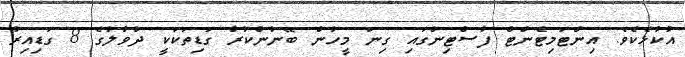
އުކުޅެކެވެ. އިންޓަމިޓެންޓް ފާސްޓިންގައި ގިނަ މީހުން ބޭނުންކުރާ ގަޑިތަކަކީ ދުވާލުގެ 8 ގަޑިއިރު